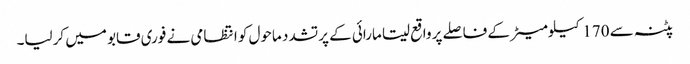
پٹنہ سے 170کیلومیٹر کے فاصلے پر واقع سیتا مارائی کے پرتشدد ماحول کو انتظامی نے فوری قابو میں کرلیا۔